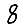
Digit: 8